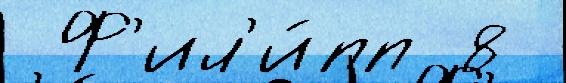
 Ф'ил'и́пп 8